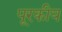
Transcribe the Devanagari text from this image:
पूरकीय